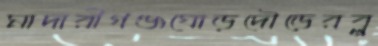
মাদারীগঞ্জঘোড়দৌড়েরব্লু